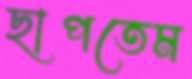
ছাপতেম